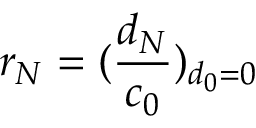
r _ { N } = ( \frac { d _ { N } } { c _ { 0 } } ) _ { d _ { 0 } = 0 }